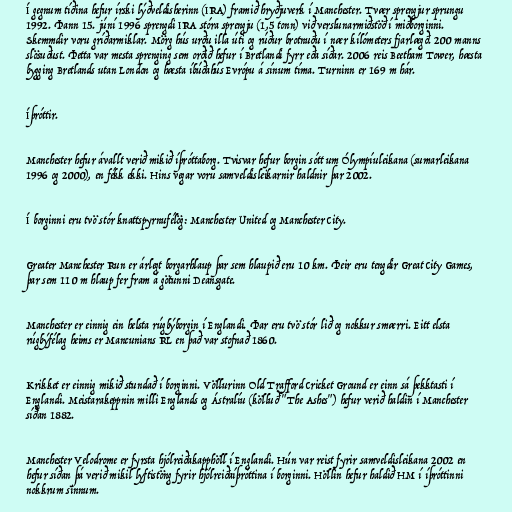
Í gegnum tíðina hefur írski lýðveldisherinn (IRA) framið hryðjuverk í Manchester. Tvær sprengjur sprungu
1992. Þann 15. júní 1996 sprengdi IRA stóra sprengju (1,5 tonn) við verslunarmiðstöð í miðborginni.
Skemmdir voru gríðarmiklar. Mörg hús urðu illa úti og rúður brotnuðu í nær kílómeters fjarlægð. 200 manns
slösuðust. Þetta var mesta sprenging sem orðið hefur í Bretlandi fyrr eða síðar. 2006 reis Beetham Tower, hæsta
bygging Bretlands utan London og hæsta íbúðahús Evrópu á sínum tíma. Turninn er 169 m hár.

Íþróttir.

Manchester hefur ávallt verið mikið íþróttaborg. Tvisvar hefur borgin sótt um Ólympíuleikana (sumarleikana
1996 og 2000), en fékk ekki. Hins vegar voru samveldisleikarnir haldnir þar 2002.

Í borginni eru tvö stór knattspyrnufélög: Manchester United og Manchester City.

Greater Manchester Run er árlegt borgarhlaup þar sem hlaupið eru 10 km. Þeir eru tengdir Great City Games,
þar sem 110 m hlaup fer fram á götunni Deansgate.

Manchester er einnig ein helsta rúgbýborgin í Englandi. Þar eru tvö stór lið og nokkur smærri. Eitt elsta
rúgbýfélag heims er Mancunians RL en það var stofnað 1860.

Krikket er einnig mikið stundað í borginni. Völlurinn Old Trafford Cricket Ground er einn sá þekktasti í
Englandi. Meistarakeppnin milli Englands og Ástralíu (kölluð "The Ashes") hefur verið haldin í Manchester
síðan 1882.

Manchester Velodrome er fyrsta hjólreiðakapphöll í Englandi. Hún var reist fyrir samveldisleikana 2002 en
hefur síðan þá verið mikil lyftistöng fyrir hjólreiðaíþróttina í borginni. Höllin hefur haldið HM í íþróttinni
nokkrum sinnum.